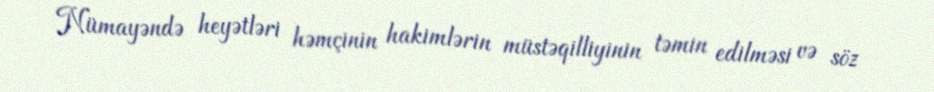
Nümayəndə heyətləri həmçinin hakimlərin müstəqilliyinin təmin edilməsi və söz